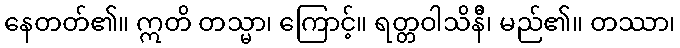
နေတတ်၏။ ဣတိ တသ္မာ၊ ကြောင့်။ ရတ္တဝါသိနီိ၊ မည်၏။ တဿာ၊